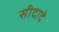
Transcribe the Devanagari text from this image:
सीदादे